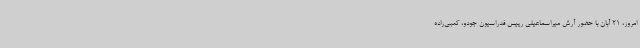
امروز، 21 آبان با حضور آرش میراسماعیلی رییس فدراسیون جودو، کعبی‌زاده